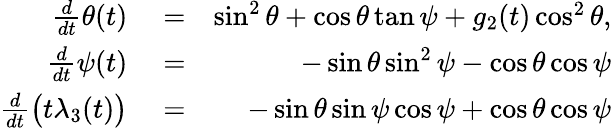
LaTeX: \begin{array}{rlr}{\frac{d}{dt}\theta(t)}&{{}=}&{\sin^{2}{\theta}+\cos{\theta}\tan{\psi}+g_{2}(t)\cos^{2}{\theta},}\\ {\frac{d}{dt}\psi(t)}&{{}=}&{-\sin{\theta}\sin^{2}{\psi}-\cos{\theta}\cos{\psi}}\\ {\frac{d}{dt}\big(t\lambda_{3}(t)\big)}&{{}=}&{-\sin{\theta}\sin{\psi}\cos{\psi}+\cos{\theta}\cos{\psi}}\end{array}